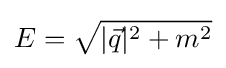
E={\sqrt {|{\vec {q}}|^{2}+m^{2}}}